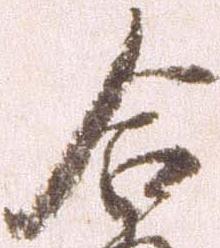
合